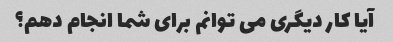
آیا کار دیگری می توانم برای شما انجام دهم؟